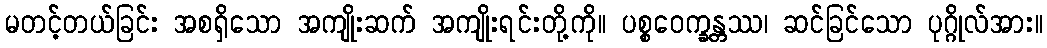
မတင့်တယ်ခြင်း အစရှိသော အကျိုးဆက် အကျိုးရင်းတို့ကို။ ပစ္စဝေက္ခန္တဿ၊ ဆင်ခြင်သော ပုဂ္ဂိုလ်အား။